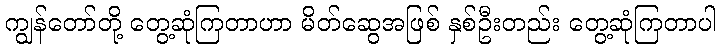
ကျွန်တော်တို့ တွေ့ဆုံကြတာဟာ မိတ်ဆွေအဖြစ် နှစ်ဦးတည်း တွေ့ဆုံကြတာပါ